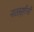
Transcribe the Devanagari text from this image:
नाट्यसृष्टीची